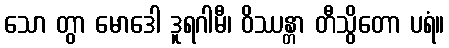
သော တွာ မောဒေါ ဒူရဂါမီ၊ ဝိဿန္တာ တီသွိတော ပရံ။